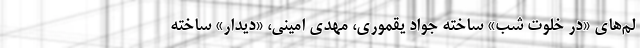
لم‌های «در خلوت شب» ساخته جواد یقموری، مهدی امینی، «دیدار» ساخته